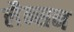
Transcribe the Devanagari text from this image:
लैन्सन